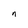
Character: n